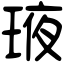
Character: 𤥿